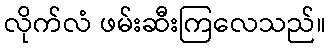
လိုက်လံ ဖမ်းဆီးကြလေသည်။